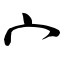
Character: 宀